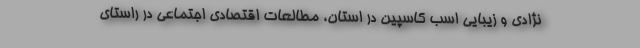
نژادی و زیبایی اسب کاسپین در استان، مطالعات اقتصادی اجتماعی در راستای